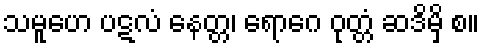
သမူဟေ ပဋလံ နေတ္တ၊ ရောဂေ ဝုတ္တံ ဆဒိမှိ စ။